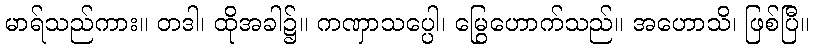
မာရ်သည်ကား။ တဒါ၊ ထိုအခါ၌။ ကဏှာသပ္ပေါ၊ မြွေဟောက်သည်။ အဟောသိ၊ ဖြစ်ပြီ။